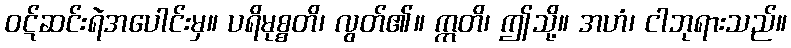
ဝဋ်ဆင်းရဲအပေါင်းမှ။ ပရိမုစ္စတိ၊ လွတ်၏။ ဣတိ၊ ဤသို့။ အဟံ၊ ငါဘုရားသည်။